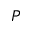
P